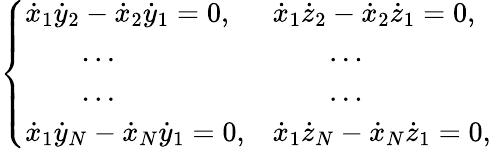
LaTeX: \left\{ \begin{array}{ll}{{\dot{x}}_{1}{\dot{y}}_{2}-{\dot{x}}_{2}{\dot{y}}_{1}=0,}&{{\dot{x}}_{1}{\dot{z}}_{2}-{\dot{x}}_{2}{\dot{z}}_{1}=0,}\\ {\qquad\dots}&{\qquad\dots}\\ {\qquad\dots}&{\qquad\dots}\\ {{\dot{x}}_{1}{\dot{y}}_{N}-{\dot{x}}_{N}{\dot{y}}_{1}=0,}&{{\dot{x}}_{1}{\dot{z}}_{N}-{\dot{x}}_{N}{\dot{z}}_{1}=0,}\end{array}\right.